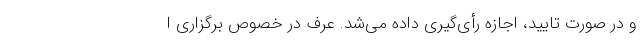
و در صورت تایید، اجازه رأی‌گیری داده می‌شد. عرف در خصوص برگزاری ا